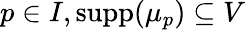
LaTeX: p\in I,\operatorname{supp}(\mu_{p})\subseteq V